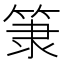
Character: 𥮤